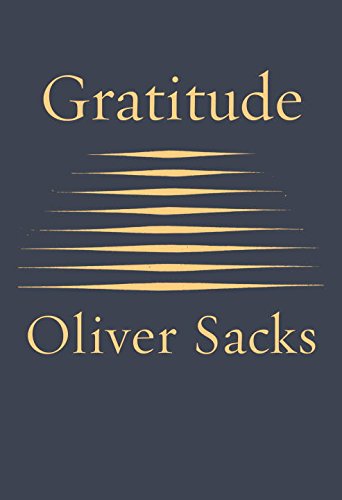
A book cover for Gratitude; Oliver Sacks; Literature & Fiction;